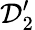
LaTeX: {\cal D}_{2}^{\prime}